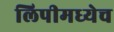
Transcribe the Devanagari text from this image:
लिपीमध्येच